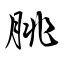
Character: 朓